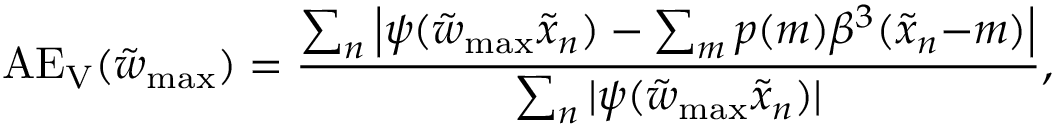
\mathrm { A E _ { V } } ( \tilde { w } _ { \mathrm { m a x } } ) = \frac { \sum _ { n } \left| \psi ( \tilde { w } _ { \mathrm { m a x } } \tilde { x } _ { n } ) - \sum _ { m } p ( m ) \beta ^ { 3 } ( \tilde { x } _ { n } { - } m ) \right| } { \sum _ { n } | \psi ( \tilde { w } _ { \mathrm { m a x } } \tilde { x } _ { n } ) | } ,